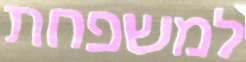
למשפחת